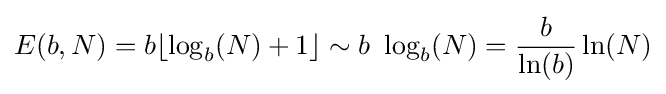
E(b,N)=b\lfloor \log _{b}(N)+1\rfloor \sim b\ \log _{b}(N)={b \over \ln(b)}\ln(N)